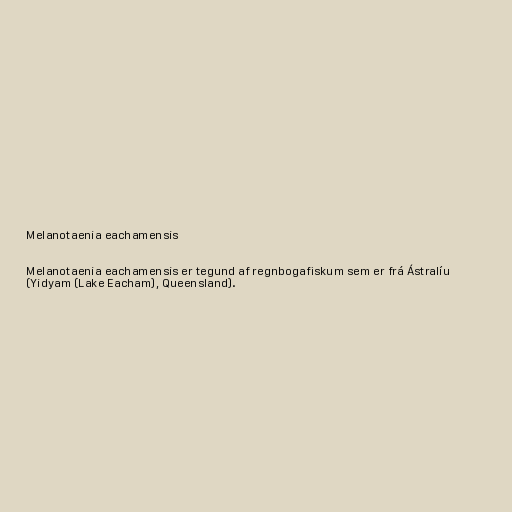
Melanotaenia eachamensis

Melanotaenia eachamensis er tegund af regnbogafiskum sem er frá Ástralíu
(Yidyam (Lake Eacham), Queensland).